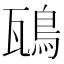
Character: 𩿺